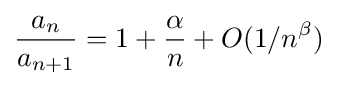
{\frac {a_{n}}{a_{n+1}}}=1+{\frac {\alpha }{n}}+O(1/n^{\beta })